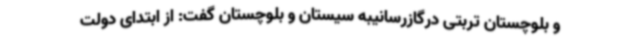
و بلوچستان تربتی درگازرسانیبه سیستان و بلوچستان گفت: از ابتدای دولت